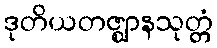
ဒုတိယတဇ္ဈာနသုတ္တံ